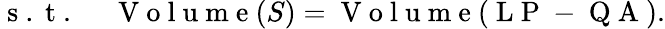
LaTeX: \begin{array}{rl}{\mathrm{~s~.~t~.~}}&{{}\mathrm{~V~o~l~u~m~e~}(S)=\mathrm{~V~o~l~u~m~e~}(\mathrm{~L~P~-~Q~A~}).}\end{array}